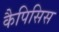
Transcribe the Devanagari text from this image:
कैपिसिस